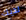
لديك